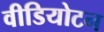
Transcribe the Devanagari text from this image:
वीडियोटन